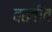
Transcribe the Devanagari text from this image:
बढतीत